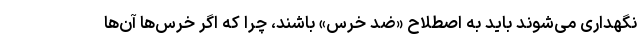
نگهداری می‌شوند باید به اصطلاح «ضد خرس» باشند، چرا که اگر خرس‌ها آن‌ها